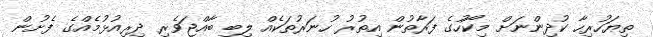
ތިޔަހުރިހާ ކުދިންނަށް މިކޯހުގެ ފަރާތުން އިތުރު ހުނަރުތަކެއް ލިބި ބާއްޖަވެރި ދިރިއުޅުމެއްގެ ފެށުން